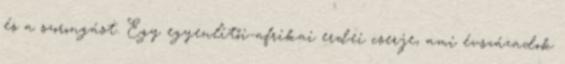
és a szorongást. Egy egyenlítői-afrikai erdei cserje, ami évszázadok